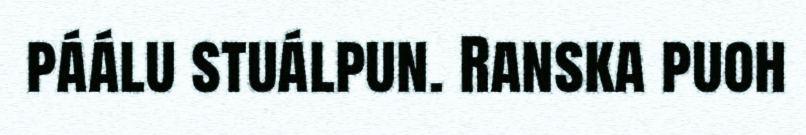
páálu stuálpun. Ranska puoh